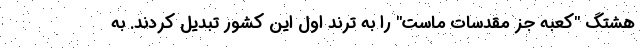
هشتگ "کعبه جز مقدسات ماست" را به ترند اول این کشور تبدیل کردند. به